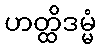
ဟတ္ထိဒမ္မံ